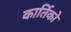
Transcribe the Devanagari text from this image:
कार्तिको